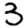
Digit: 3